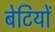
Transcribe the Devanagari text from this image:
बेटियाें